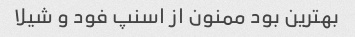
بهترین بود ممنون از اسنپ فود و شیلا